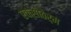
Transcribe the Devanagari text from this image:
एक्सोठेर्म